Report on sanitation, dispensaries, and jails in Rajputana for 1919, and on vaccination for the year 1919-1920 - 1919-1920
Year: 1919
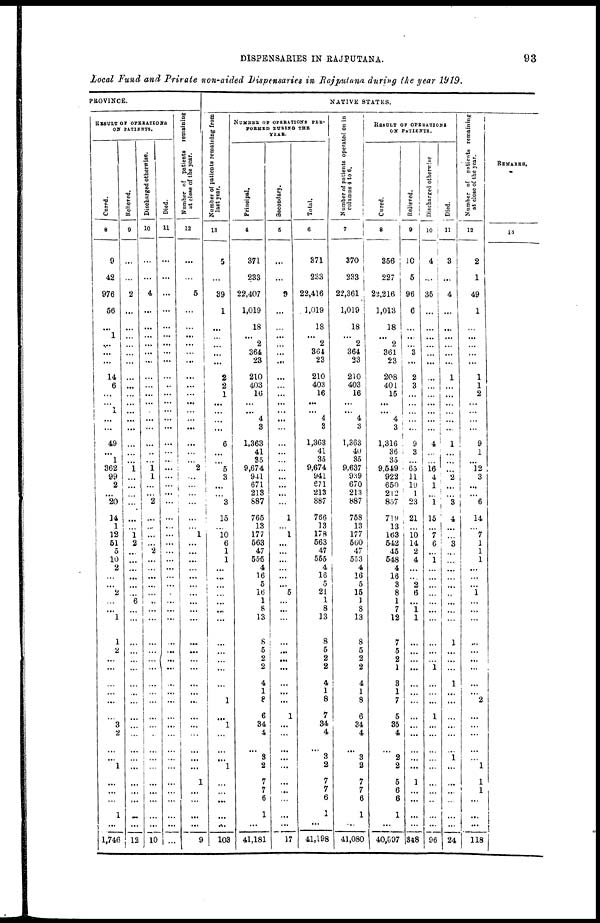
DISPENSARIES IN RAJPUTANA.
93
Local Fund and Private non-aided Dispensaries in Rajputana during the year 1919.
PROVINCE.
RESULT OF OPERATIONS
ON PATIENTS.
Cured.
8
9
42
976
56
...
1
...
...
...
14
6
...
...
1
...
...
49
...
1
362
99
2
...
20
14
1
12
51
5
10
2
...
...
2
...
...
1
1
2
...
...
...
...
...
...
3
2
...
...
1
...
...
...
1
...
1,746
Relieved.
9
...
...
2
...
...
...
...
...
...
...
...
...
...
...
...
...
...
...
...
1
...
...
...
...
...
...
1 2
...
...
...
...
...
...
6
...
...
...
...
...
...
...
...
...
...
...
...
...
...
...
...
...
...
...
...
12
Discharged otherwise.
10
...
...
4
...
...
...
...
...
...
...
...
...
...
...
...
...
...
...
...
1
1
...
...
2
...
...
...
...
2
...
...
...
...
...
...
... 1
...
...
...
...
...
...
...
...
...
...
...
...
...
...
...
...
...
...
10
Died.
11
...
...
...
...
...
...
...
...
...
...
...
...
...
...
...
...
...
...
...
...
...
...
...
...
...
...
...
...
...
...
...
...
...
...
...
...
...
...
...
...
...
...
...
...
...
...
...
...
...
...
...
...
...
...
...
...
Number of patients remaining
at close of the year.
12
...
...
5
...
...
...
...
... ...
...
...
...
...
...
...
...
...
...
...
2
...
...
...
...
...
...
1
...
...
...
...
...
...
...
...
...
...
...
...
...
...
...
...
...
...
...
...
...
...
...
1
...
...
...
...
9
NATIVE STATES.
Number of patients remaining from
last year.
13
5
...
39
1
...
...
...
... ...
2
2
1
...
...
...
...
6
...
...
5
3
...
...
3
15
...
10
6
1
1
...
...
...
...
...
...
...
...
...
...
...
...
...
1
...
1
...
...
...
1
...
...
...
...
...
103
NUMBER OF OPERATIONS PER¬
FORMED DURING THE
YEAR.
Principal.
4
371
233
22,407
1,019
18
...
2
364
23
210
403
16
...
...
4
3
1,363
41
35
9,674
941
671
213
887
765
13
177
563
47
555
4
16
5
16
1
8
13
8
5
2
2
4
1
8
6
34
4
...
3
2
7
7
6
1
...
41,181
Secondary.
5
...
...
9
...
...
...
...
...
...
...
...
...
...
...
...
...
...
...
...
...
...
...
...
...
1
...
1
...
...
...
...
...
...
5
...
...
...
...
...
...
...
...
...
...
1
...
...
...
...
...
...
...
...
...
...
17
Total.
6
371
233
22,416
1,019
18
...
2
364
23
210
403
16
...
...
4
3
1,363
41
35
9,674
941
671
213
887
766
13
178
563
47
555
4
16
5
21
1
8
13
8
5
2
2
4
1
8
7
34
4
...
3
2
7
7
6
1
...
41,198
Number of patients operated on in
columns 4 to 6.
7
370
233
22,361
1,019
18
...
2
364
23
210
403
16
...
...
4
3
1,363
40
35
9,637
939
670
213
887
758
13
177
560
47
553
4
16
5
15
1
8
13
8
5
2
2
4
1
8
6
34
4
...
3
2
7
7
6
1
...
41,080
RESULT OF OPERATIONS
ON PATIENTS.
Cured.
8
356
227
22,216
1,013
18
...
2 361
23
208
401
15
...
...
4
3
1,316
36
35
9,549
922
650
212
857
719
13
163
542
45
548
4
16
3
8
1
7
12
7
5
2
1
3
1
7
5
35
4
...
2
2
5
6
6
1
...
40,697
Relieved.
9
10
5
96
6
...
...
...
3
...
2
3
...
...
...
...
...
9
3
...
65
11
19
1
23
21
...
10
14
2
4
...
...
2
6
...
1 1
...
...
...
...
...
...
...
...
...
...
...
...
...
1
...
...
...
...
348
Discharged otherwise
10
4
...
35
...
...
...
...
...
...
...
...
...
...
...
...
...
4
...
...
16
4
1
...
1
15
...
7
6
...
1
...
...
...
...
...
...
...
...
...
...
1
...
...
...
1
...
...
...
...
...
...
...
...
...
...
96
Died.
11
3
...
4
...
...
...
...
...
...
1
...
...
...
...
...
...
1
...
...
...
2
...
...
3
4
...
...
3
...
...
...
...
...
...
...
...
...
1
...
...
...
1
...
...
...
...
...
...
1
...
...
...
...
...
...
24
Number of patients remaining
at close of the year.
12
2
1
49
1
...
...
...
...
...
1
1
2
... ...
...
...
9
1
...
12
3
...
...
6
14
...
7
1
1
1
...
...
...
1
...
...
...
...
...
...
...
...
...
2
...
...
...
...
...
1
1
1
...
...
...
118
REMARKS.
13